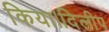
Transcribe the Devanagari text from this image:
किया।दिलीप